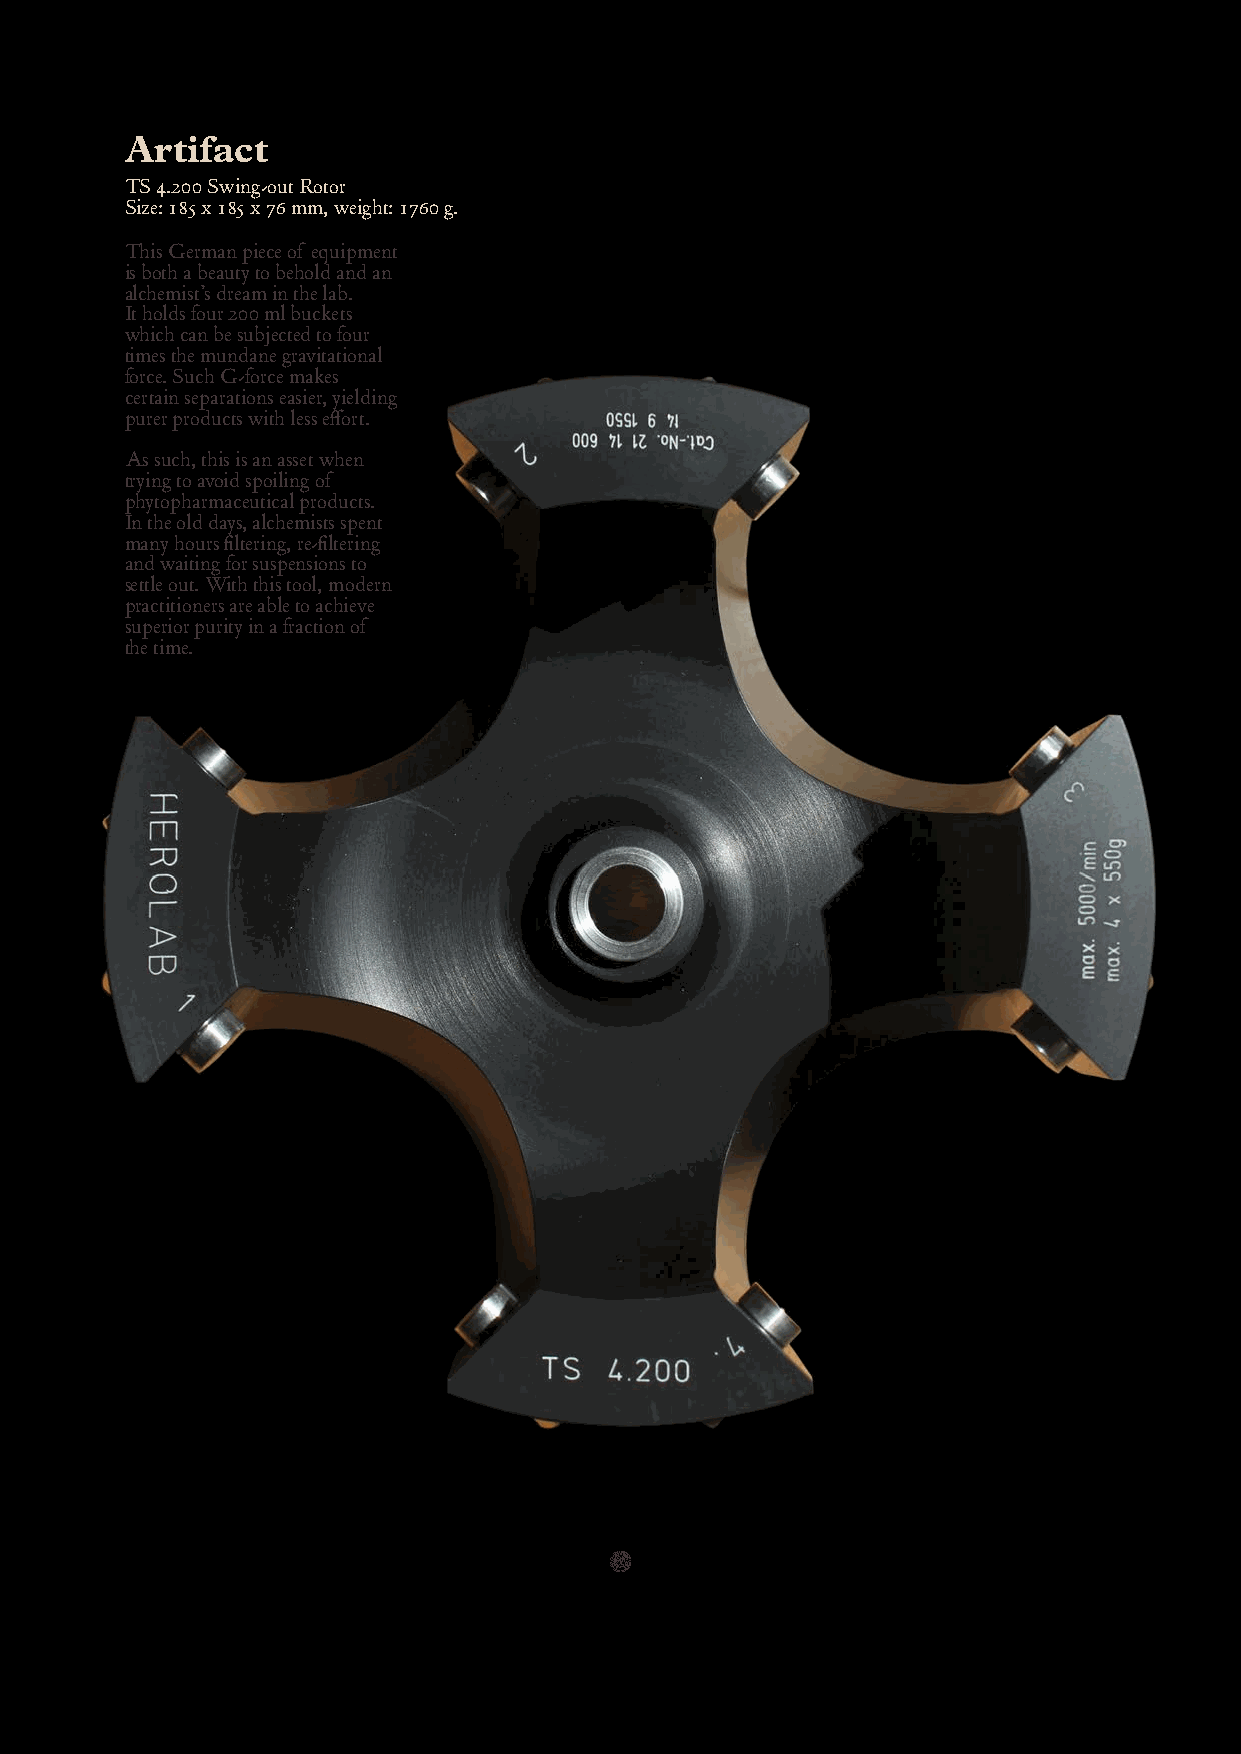
Artifact
 TS 4.200 Swing-out Rotor
 Size: 185 x 185 x 76 mm, weight: 1760 g.
 This German piece of equipment
 is both a beauty to behold and an
 alchemist’s dream in the lab.
 It holds four 200 ml buckets
 which can be subjected to four
 times the mundane gravitational
 force. Such G-force makes
 certain separations easier, yielding
 purer products with less effort.
 As such, this is an asset when
 trying to avoid spoiling of
 phytopharmaceutical products.
 In the old days, alchemists spent
 many hours filtering, re-filtering
 and waiting for suspensions to
 settle out. With this tool, modern
 practitioners are able to achieve
 superior purity in a fraction of
 the time.

 © Inner Garden innergarden.org